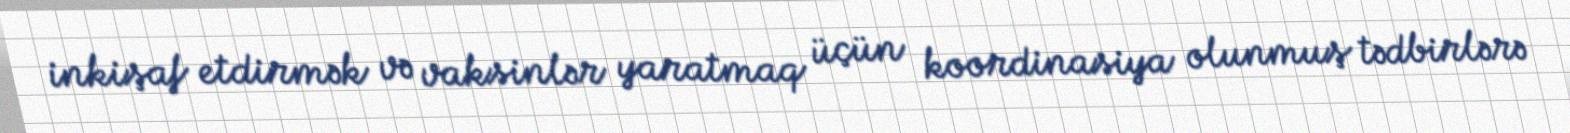
inkişaf etdirmək və vaksinlər yaratmaq üçün koordinasiya olunmuş tədbirlərə